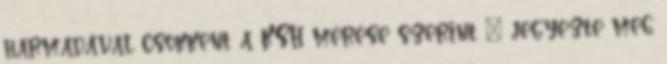
harmadával csökkent a KSH mérése szerint – jegyezte meg